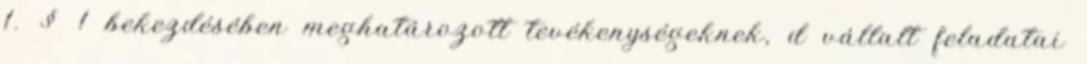
1. § 1 bekezdésében meghatározott tevékenységeknek, d vállalt feladatai